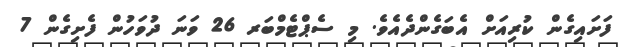
ފަށައިގެން ކުރިއަށް އެބަގެންދެއެވެ. މި ސެޕްޓެމްބަރ 26 ވަނަ ދުވަހުން ފެށިގެން 7